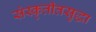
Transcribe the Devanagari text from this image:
संस्कृतीतसुद्धा